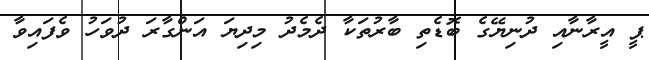
ޕީ އީރާނާއި ދުނިޔޭގެ ބޮޑެތި ބާރުތަކާ ދެމެދު މިދިޔަ އަންގާރަ ދުވަހު ވެފައިވާ